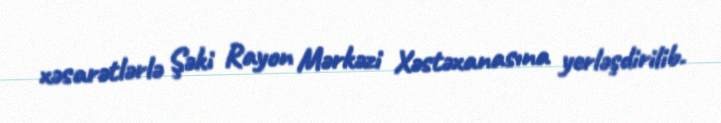
xəsarətlərlə Şəki Rayon Mərkəzi Xəstəxanasına yerləşdirilib.